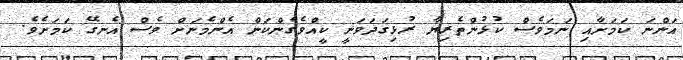
އަންނަ ކަމަށާއި ނަމަވެސް ކުޅުންތެރިޔާ ރުޅިގަދަވަނީ ކީއްވެގެންކަން އެންމެނަށް ވެސް އެނގޭ ކަމަށެވެ.